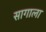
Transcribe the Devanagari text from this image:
सागाला